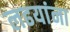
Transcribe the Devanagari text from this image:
लढयांना